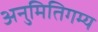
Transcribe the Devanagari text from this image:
अनुमितिगम्य